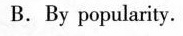
B. By popalariy.